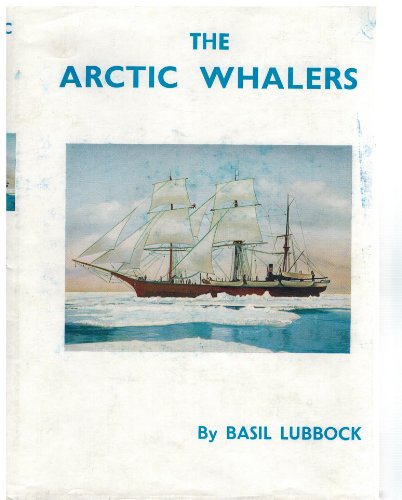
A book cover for Arctic Whalers. FIRST COMPLETE HISTORY OF THE GREENLAND WHALE FISHERY; Basil Lubbock; History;